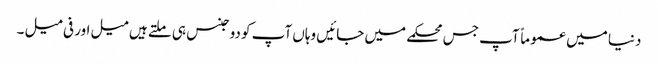
دنیا میں عموماً آپ جس محکمے میں جائیں وہاں آپ کو دو جنس ہی ملتے ہیں میل اور فی میل ۔